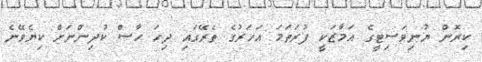
ކިރޮން ޔުނިވަސިޓީގެ އަމާޒަކީ ފުރަތަމަ އަހަރުގެ ތެރޭގައި ދިހަ ހާސް ކުދިންނަށް ކިޔެވޭނެ